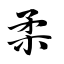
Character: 柔